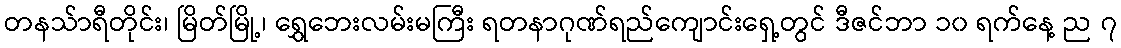
တနသ်ာရီတိုင်း၊ မြိတ်မြို့၊ ရွှေဘေးလမ်းမကြီး ရတနာဂုဏ်ရည်ကျောင်းရှေ့တွင် ဒီဇင်ဘာ ၁၀ ရက်နေ့ ည ၇